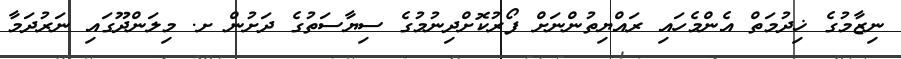
ނިޒާމުގެ ޚިދުމަތް އެންމެހައި ރައްޔިތުންނަށް ފޯރުކޮށްދިނުމުގެ ސިޔާސަތުގެ ދަށުން ށ. މިލަންދޫގައި ނަރުދަމާ